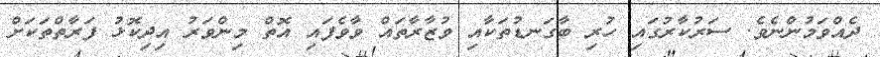
ދެއްވަމުންނެވެ. ސަރުކާރުގައި ހުރި ބާގަނޑުތަކާއި ވުޒާރާތައް ވާވެފައި އޮތް މިންވަރު އިދިކޮޅު ފަރާތްތަކަށް